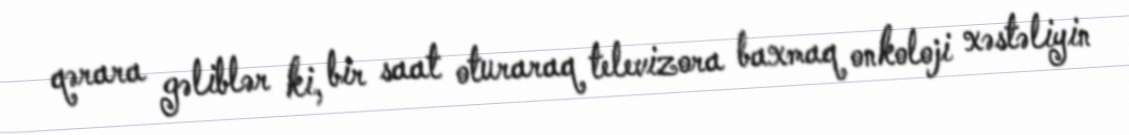
qərara gəliblər ki, bir saat oturaraq televizora baxmaq onkoloji xəstəliyin